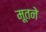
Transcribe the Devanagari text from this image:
मूतने